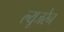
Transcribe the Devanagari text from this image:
ल्यूजरेन